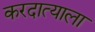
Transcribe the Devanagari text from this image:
करदात्याला